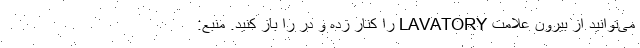
می‌توانید از بیرون علامت LAVATORY را کنار زده و در را باز کنید. منبع: